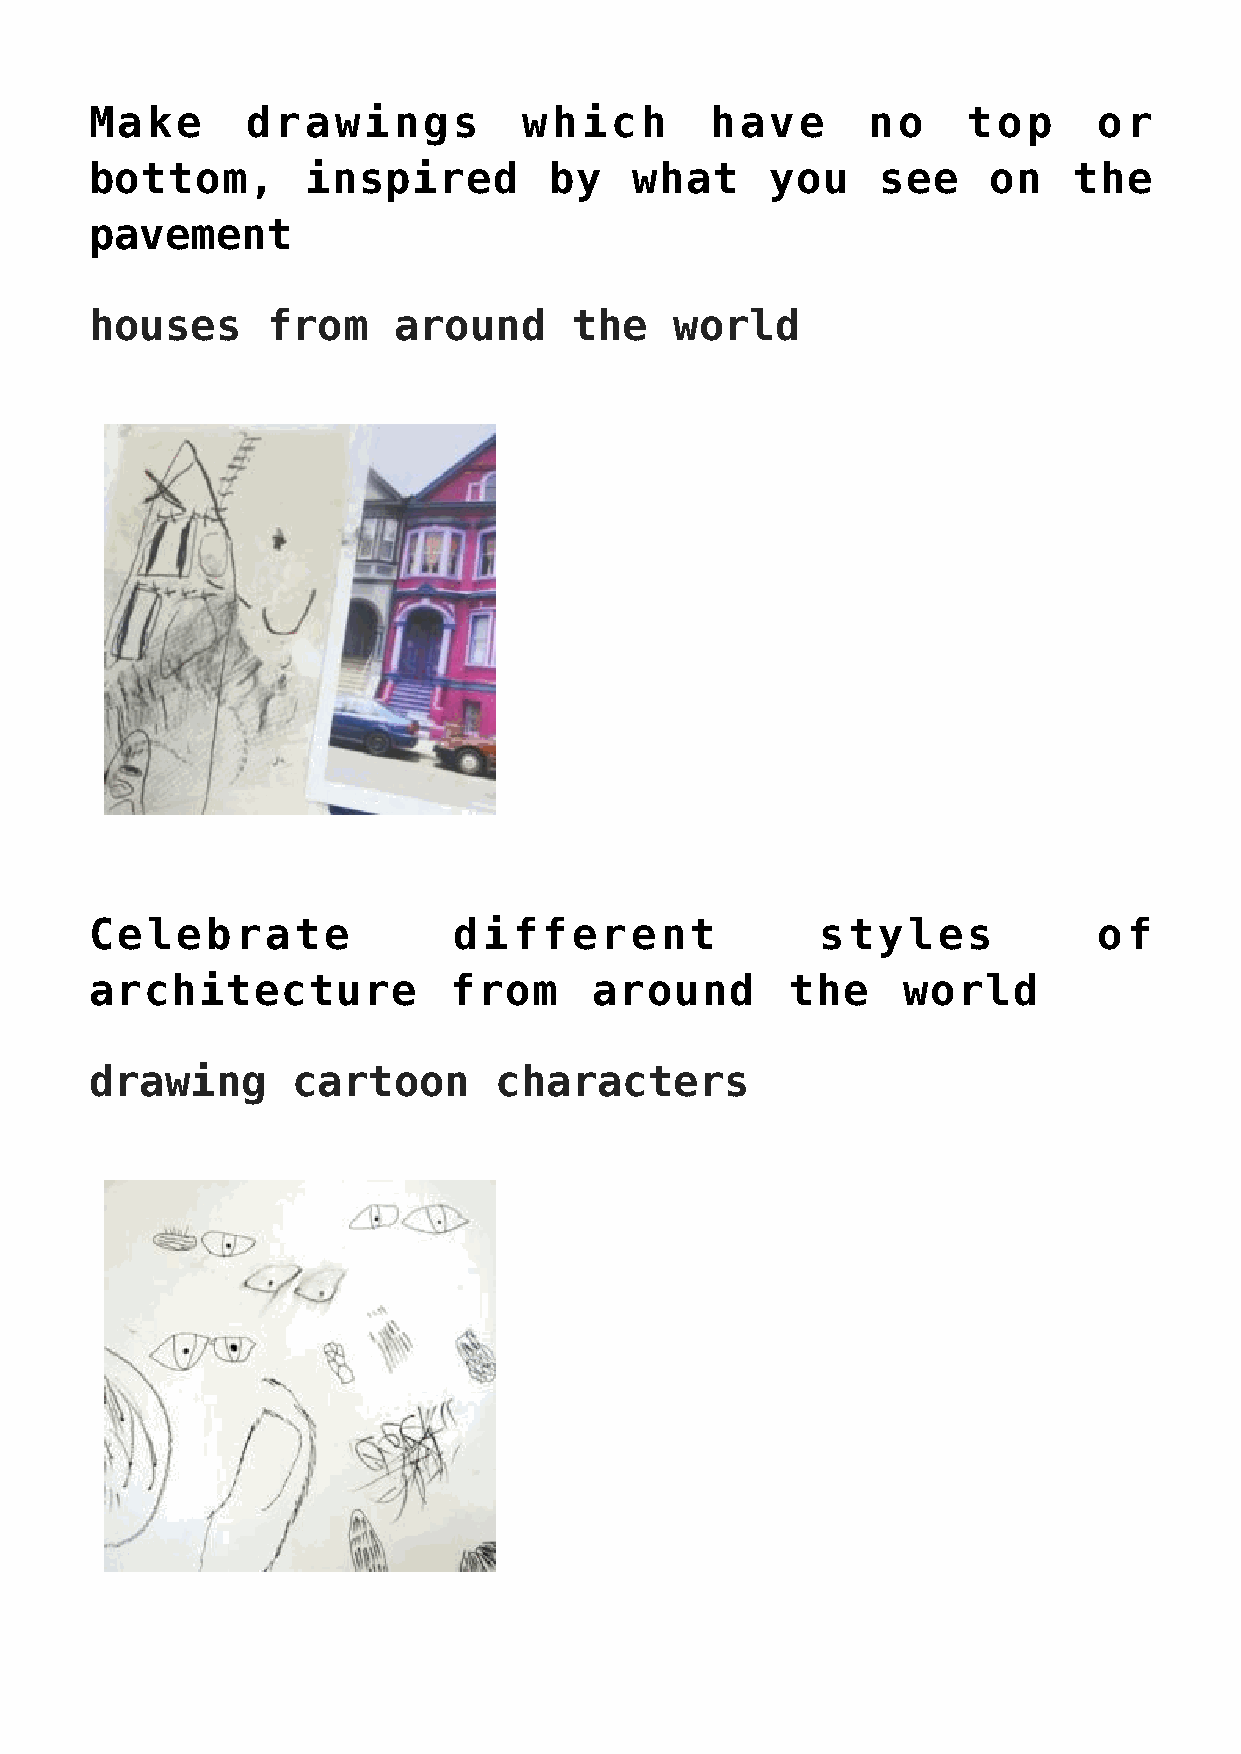
Make      drawings           which       have       no    top      or
 bottom,       inspired        by    what     you    see    on    the
 pavement
 houses      from    around      the    world
 Celebrate               different               styles             of
 architecture            from     around       the     world
 drawing      cartoon       characters